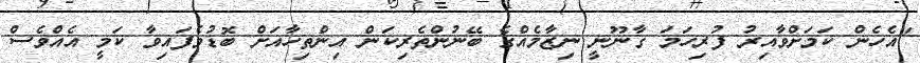
"އެހެން ކަމަށްވާއިރު ފުރިހަމަ ގާނޫނީ ނިޒާމެއްގެ ބޭނުންތެރިކަން އިންތިހާއަށް ބޮޑުވެފައިވާ ކަމީ އެއްވެސް